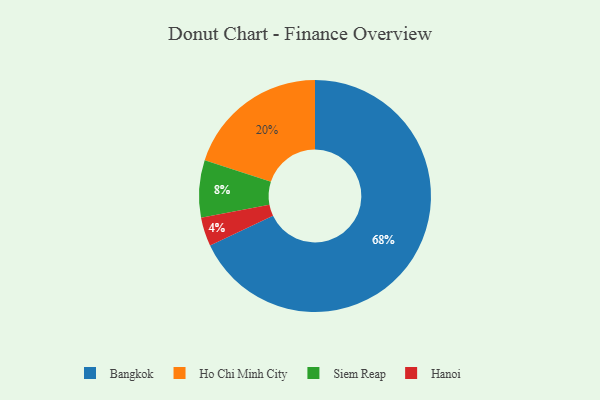
{"axis": {"x": "Category", "y": "Percentage"}, "legend": ["Bangkok", "Hanoi", "Ho Chi Minh City", "Siem Reap"], "data": [{"x": "Bangkok", "y": 68, "type": "Bangkok"}, {"x": "Siem Reap", "y": 8, "type": "Siem Reap"}, {"x": "Ho Chi Minh City", "y": 20, "type": "Ho Chi Minh City"}, {"x": "Hanoi", "y": 4, "type": "Hanoi"}]}